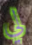
لي